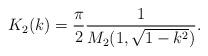
LaTeX: \begin{align*}K_2(k)=\frac{\pi}{2}\frac{1}{M_2(1,\sqrt{1-k^2})}.\end{align*}